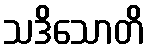
သဒိသောတိ